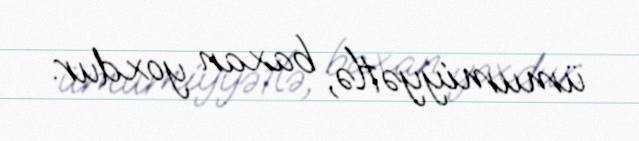
ümumiyyətlə, baxan yoxdur.